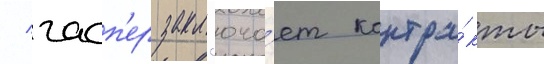
/ гасп'ер закл'юча́ет контра́кты